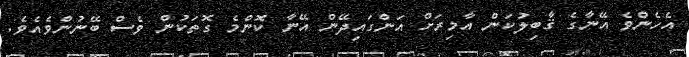
އެހެންވެ އޭނާގެ ޤާބިލުކަން އާމިރަށް އަންގައިދޭން އޭނާ ކޮންމެ ގޮތަކުން ވެސް ބޭނުންވެއެވެ.